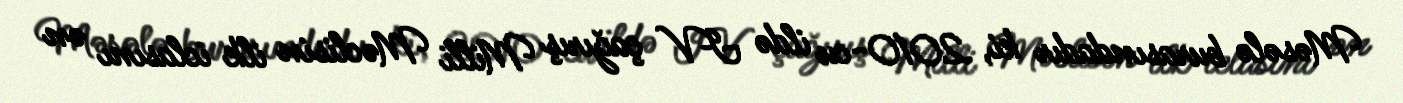
Məsələ burasındadır ki, 2010-cu ildə IV çağırış Milli Məclisin ilk iclasını ən